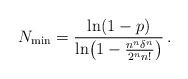
LaTeX: \begin{align*}N_{\min} = \frac{{\rm ln}(1-p)}{{\rm ln}\bigl(1-\frac{n^n \delta^n}{2^n n!}\bigr)}\,.\end{align*}